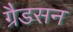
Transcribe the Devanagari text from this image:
ग्रैडसन